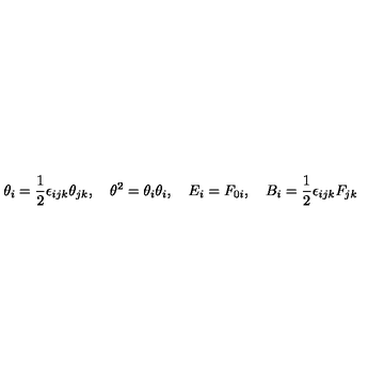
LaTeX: \theta _ { i } = \frac { 1 } { 2 } \epsilon _ { i j k } \theta _ { j k } , \quad \theta ^ { 2 } = \theta _ { i } \theta _ { i } , \quad E _ { i } = F _ { 0 i } , \quad B _ { i } = \frac { 1 } { 2 } \epsilon _ { i j k } F _ { j k }